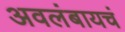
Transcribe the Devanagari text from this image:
अवलंबायचं